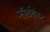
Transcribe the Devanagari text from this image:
नॉर्थवेस्‍ट